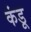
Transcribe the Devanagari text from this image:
कंडू